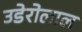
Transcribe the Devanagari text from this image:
उडेरोलाल